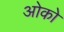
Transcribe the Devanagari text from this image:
ओको